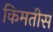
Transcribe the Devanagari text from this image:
किमतीस